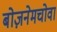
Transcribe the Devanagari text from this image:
बोज़नेमचोवा